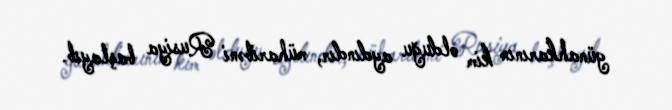
günahkarının kim olduğu aydındır, müharibəni Rusiya başlayıb.